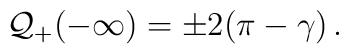
{\cal Q}_{+}(-\infty )=\pm 2(\pi -\gamma )\, .